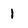
Character: 1